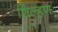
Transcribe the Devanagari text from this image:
शिल्हण